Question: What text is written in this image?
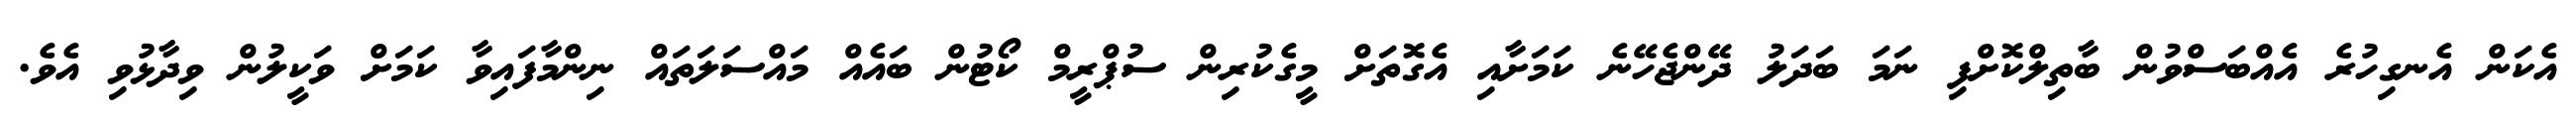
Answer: އެކަން އެނގިހުރެ އެއްބަސްވުން ބާތިލްކޮށްފި ނަމަ ބަދަލު ދޭންޖެހޭނެ ކަމަށާއި އެގޮތަށް މީގެކުރިން ސުޕްރީމް ކޯޓުން ބައެއް މައްސަލަތައް ނިންމާފައިވާ ކަމަށް ވަކީލުން ވިދާޅުވި އެވެ.